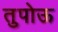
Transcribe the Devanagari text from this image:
तुपोऊ